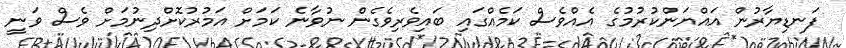
ފަނޑިޔާރުން އައްޔަންކުރުމުގެ އެއްވެސް ކަމެއްގައި ބައިވެރިވެގެން ނުވާނެ ކަމަށް އަމުރުކޮށްދިނުމަށް ވެސް ވަނީ